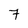
Character: 7